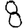
Digit: 8